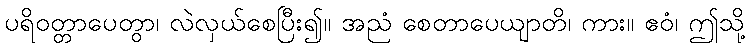
ပရိဝတ္တာပေတွာ၊ လဲလှယ်စေပြီး၍။ အညံ စေတာပေယျာတိ၊ ကား။ ဧဝံ၊ ဤသို့